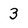
Character: 3